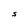
Character: S